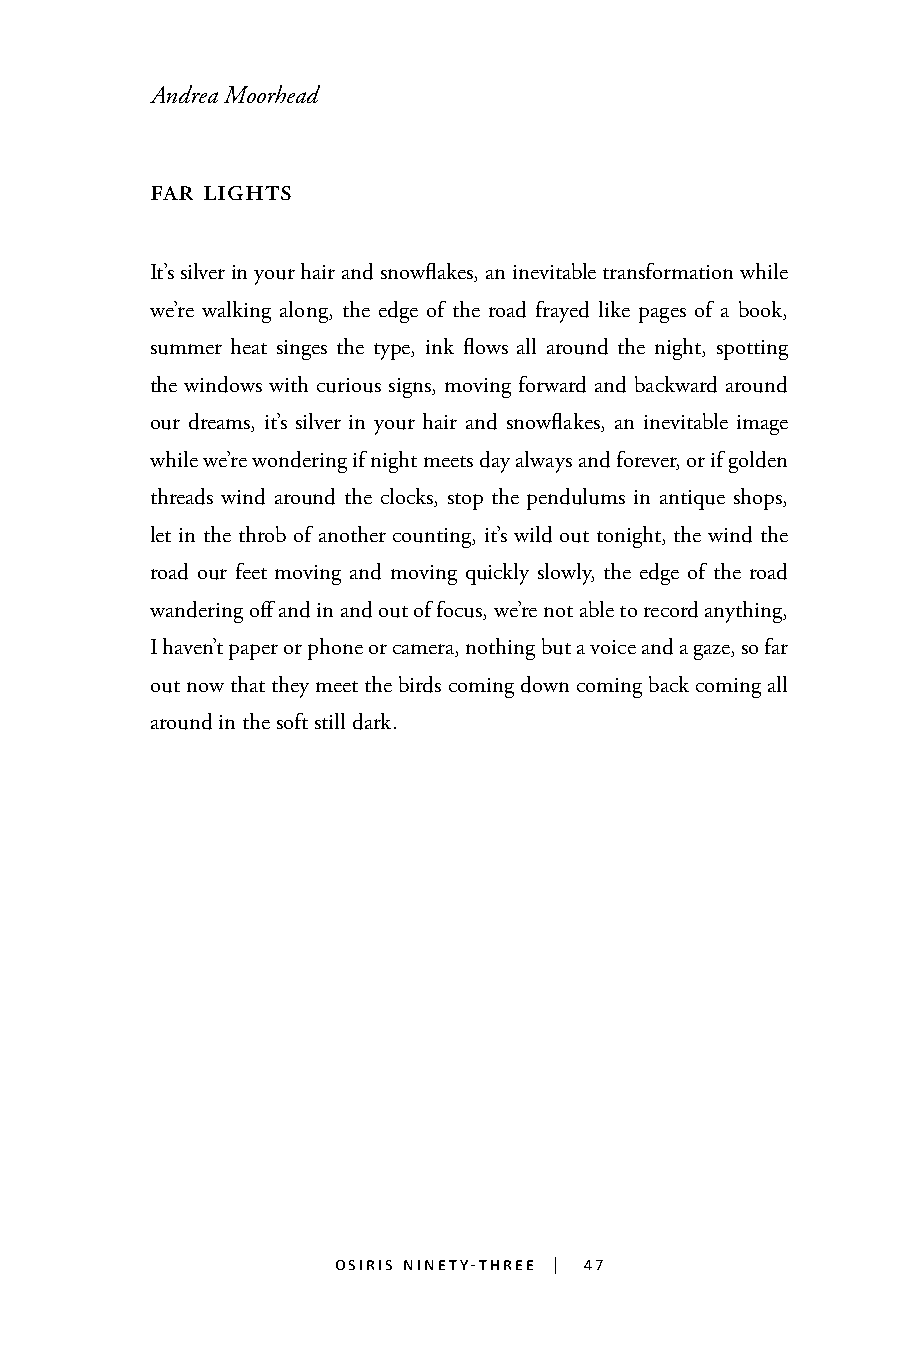
Andrea Moorhead
 far lights
 It’s silver in your hair and snowflakes, an inevitable transformation while
 we’re walking along, the edge of the road frayed like pages of a book,
 summer heat singes the type, ink flows all around the night, spotting
 the windows with curious signs, moving forward and backward around
 our dreams, it’s silver in your hair and snowflakes, an inevitable image
 while we’re wondering if night meets day always and forever, or if golden
 threads wind around the clocks, stop the pendulums in antique shops,
 let in the throb of another counting, it’s wild out tonight, the wind the
 road our feet moving and moving quickly slowly, the edge of the road
 wandering off and in and out of focus, we’re not able to record anything, 47
 I haven’t paper or phone or camera, nothing but a voice and a gaze, so far
 out now that they meet the birds coming down coming back coming all
 around in the soft still dark.
 osiris ninety-three | 47